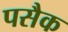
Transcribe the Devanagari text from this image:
पसैक